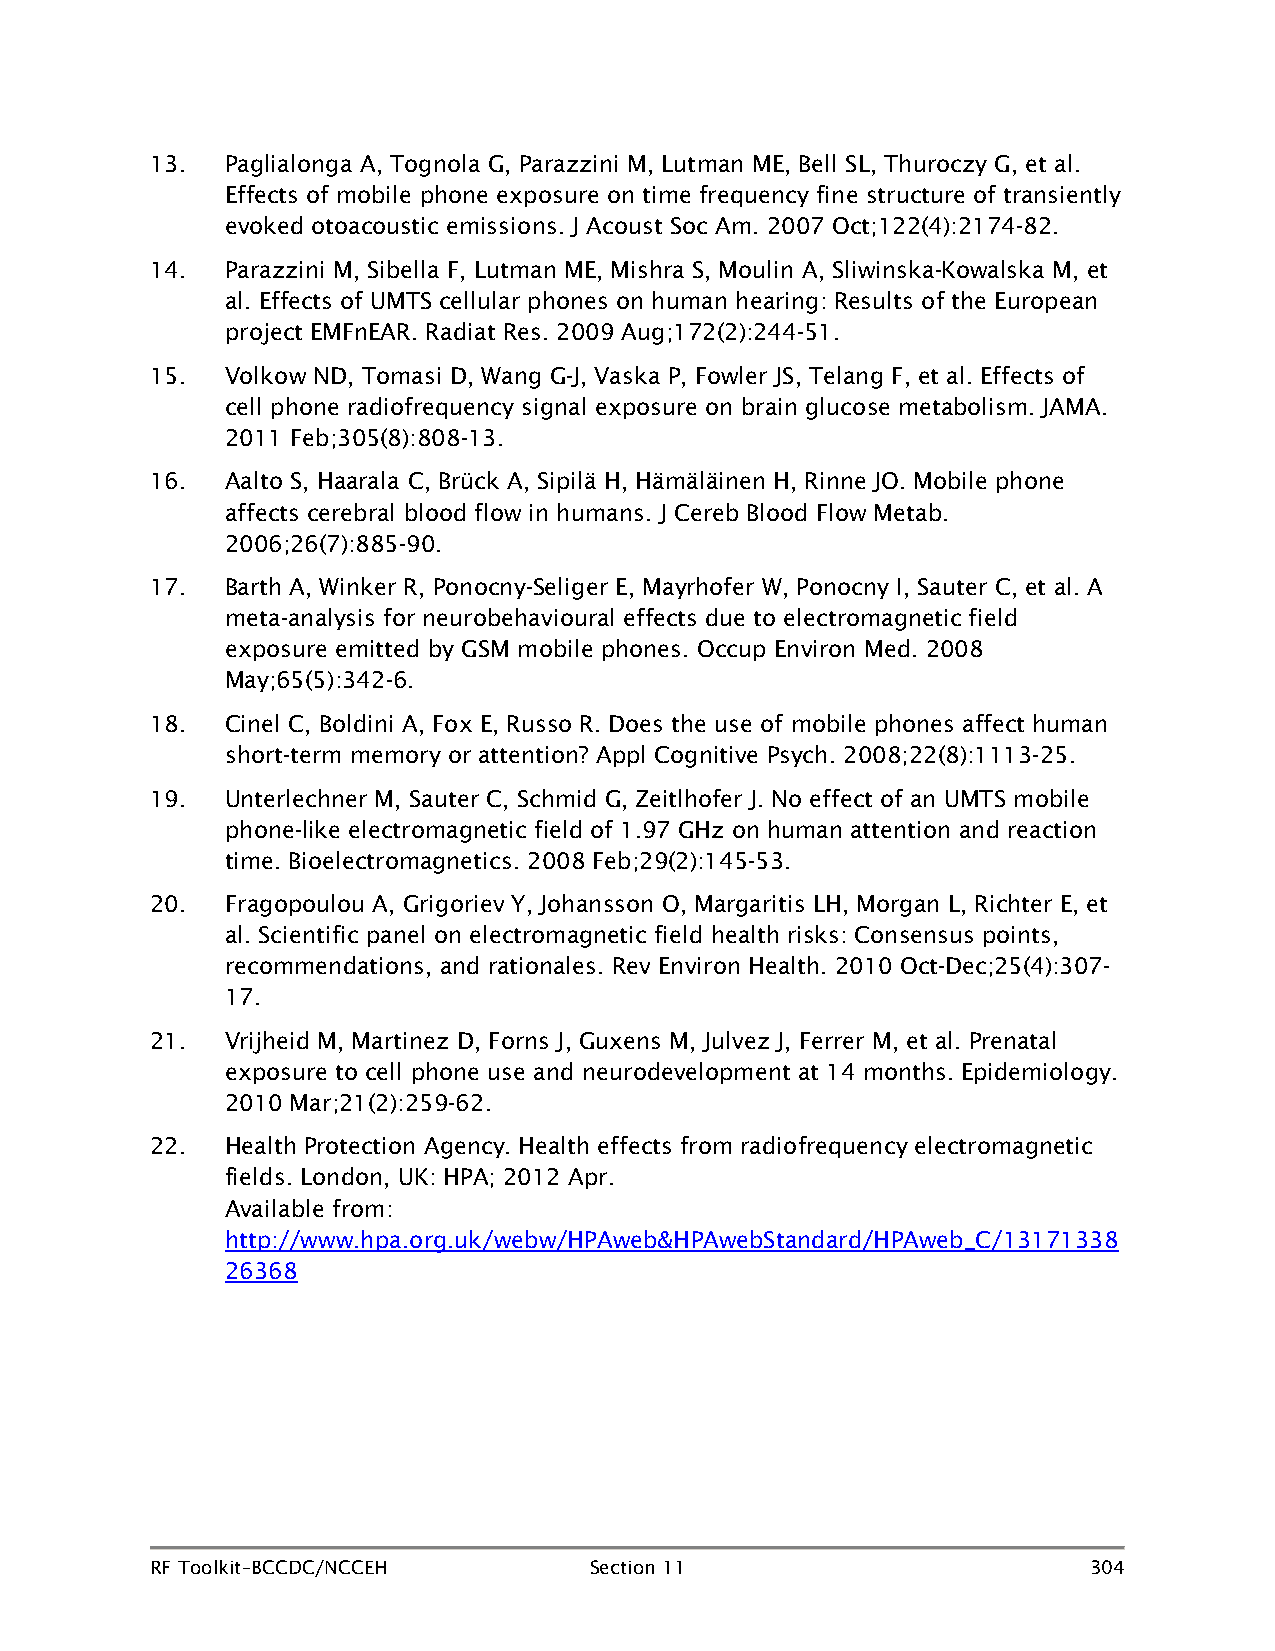
13.  Paglialonga A, Tognola G, Parazzini M, Lutman ME, Bell SL, Thuroczy G, et al.
 Effects of mobile phone exposure on time frequency fine structure of transiently
 evoked otoacoustic emissions. J Acoust Soc Am. 2007 Oct;122(4):2174-82.
 14.  Parazzini M, Sibella F, Lutman ME, Mishra S, Moulin A, Sliwinska-Kowalska M, et
 al. Effects of UMTS cellular phones on human hearing: Results of the European
 project EMFnEAR. Radiat Res. 2009 Aug;172(2):244-51.
 15.  Volkow ND, Tomasi D, Wang G-J, Vaska P, Fowler JS, Telang F, et al. Effects of
 cell phone radiofrequency signal exposure on brain glucose metabolism. JAMA.
 2011 Feb;305(8):808-13.
 16.  Aalto S, Haarala C, Brück A, Sipilä H, Hämäläinen H, Rinne JO. Mobile phone
 affects cerebral blood flow in humans. J Cereb Blood Flow Metab.
 2006;26(7):885-90.
 17.  Barth A, Winker R, Ponocny-Seliger E, Mayrhofer W, Ponocny I, Sauter C, et al. A
 meta-analysis for neurobehavioural effects due to electromagnetic field
 exposure emitted by GSM mobile phones. Occup Environ Med. 2008
 May;65(5):342-6.
 18.  Cinel C, Boldini A, Fox E, Russo R. Does the use of mobile phones affect human
 short-term memory or attention? Appl Cognitive Psych. 2008;22(8):1113-25.
 19.  Unterlechner M, Sauter C, Schmid G, Zeitlhofer J. No effect of an UMTS mobile
 phone-like electromagnetic field of 1.97 GHz on human attention and reaction
 time. Bioelectromagnetics. 2008 Feb;29(2):145-53.
 20.  Fragopoulou A, Grigoriev Y, Johansson O, Margaritis LH, Morgan L, Richter E, et
 al. Scientific panel on electromagnetic field health risks: Consensus points,
 recommendations, and rationales. Rev Environ Health. 2010 Oct-Dec;25(4):307-
 17.
 21.  Vrijheid M, Martinez D, Forns J, Guxens M, Julvez J, Ferrer M, et al. Prenatal
 exposure to cell phone use and neurodevelopment at 14 months. Epidemiology.
 2010 Mar;21(2):259-62.
 22.  Health Protection Agency. Health effects from radiofrequency electromagnetic
 fields. London, UK: HPA; 2012 Apr.
 Available from:
 http://www.hpa.org.uk/webw/HPAweb&HPAwebStandard/HPAweb_C/13171338
 26368
 RF Toolkit–BCCDC/NCCEH       Section 11                       304